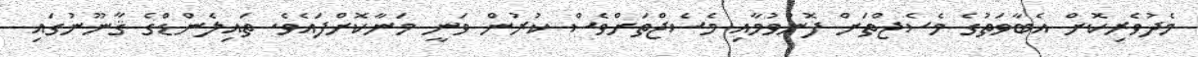
މެދުވެރިކޮށް އެބާވަތުގެ މެސެޖްތަށް ފޮނުވުމާއި މެސެޖްތަށްވެސް ކުރުން ވަނީ މަނާކޮށްފައެވެ. ތައިލެންޑްގެ ޤާނޫނުގައި